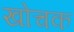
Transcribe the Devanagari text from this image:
खोचक